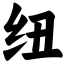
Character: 纽